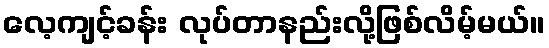
လေ့ကျင့်ခန်း လုပ်တာနည်းလို့ဖြစ်လိမ့်မယ်။